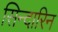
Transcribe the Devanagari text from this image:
सिन्दारिन